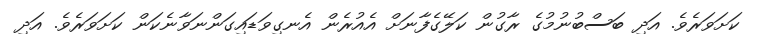
ކަށަވަރެވެ. އަދި ބަސްބުނުމުގެ ރާގުން ކަލޭގެފާނަށް އެއުރެން އެނގިވަޑައިގަންނަވާނެކަން ކަށަވަރެވެ. އަދި